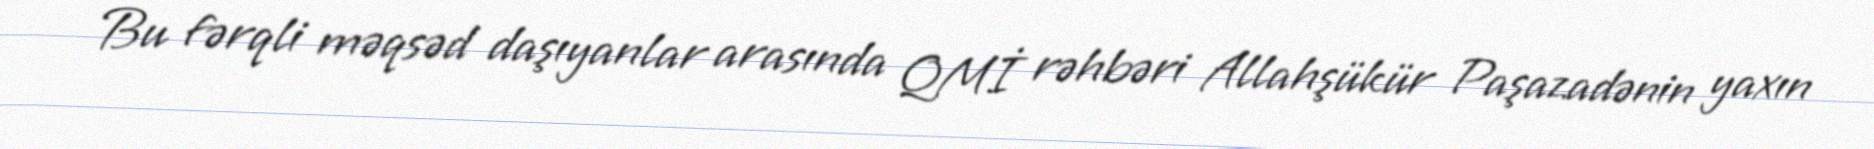
Bu fərqli məqsəd daşıyanlar arasında QMİ rəhbəri Allahşükür Paşazadənin yaxın